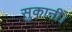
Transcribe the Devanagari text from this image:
सुकानीं।